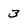
Character: 3